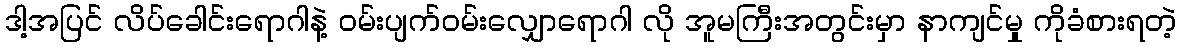
ဒါ့အပြင် လိပ်ခေါင်းရောဂါနဲ့ ဝမ်းပျက်ဝမ်းလျှောရောဂါ လို အူမကြီးအတွင်းမှာ နာကျင်မှု ကိုခံစားရတဲ့